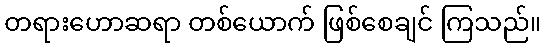
တရားဟောဆရာ တစ်ယောက် ဖြစ်စေချင် ကြသည်။